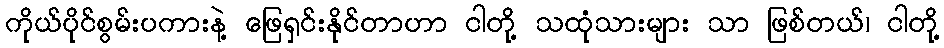
ကိုယ်ပိုင်စွမ်းပကားနဲ့ ဖြေရှင်းနိုင်တာဟာ ငါတို့ သထုံသားများ သာ ဖြစ်တယ်၊ ငါတို့